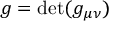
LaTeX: { g } = \operatorname* { d e t } ( { g } _ { \mu \nu } )